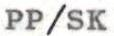
PP/SK